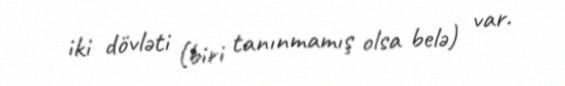
iki dövləti (biri tanınmamış olsa belə) var.